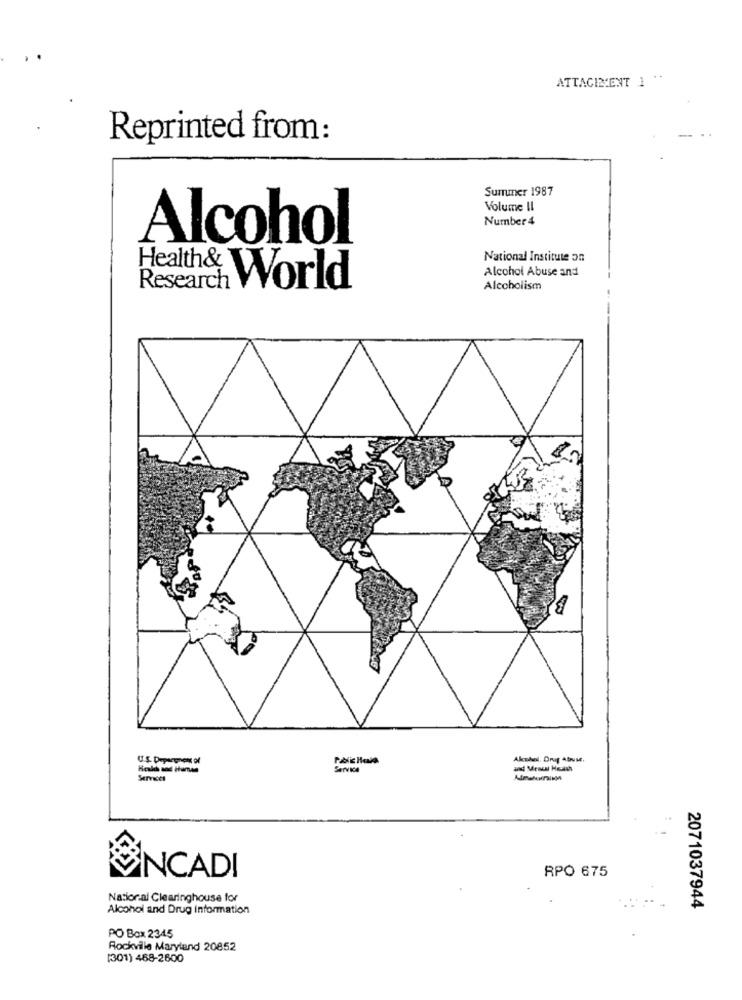
ATTACILIENT 1 .
Reprinted from:
Sunumer 1987
Volume II
Number 4
Alcohol
National Institute on
Alcohol Abuse and
Research
Health& World
Alcoholism
U.S. Depsegnon of
Health and Human
INCADI
RPO 675
Nacional Clearinghouse for
Alcohol and Drug information
2071037944
PO Box 2345
Rockville Maryland 20852
[301) 468-2600